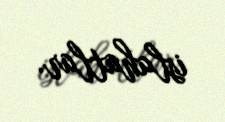
islahatlar.